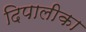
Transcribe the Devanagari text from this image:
दिपालीका